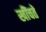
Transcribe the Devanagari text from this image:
खींचतें